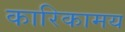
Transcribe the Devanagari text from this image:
कारिकामय